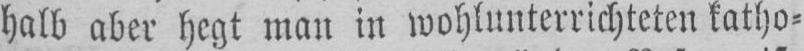
halb aber hegt man in wohlunterrichteten katho⸗